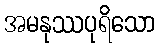
အမနုဿပုရိသော